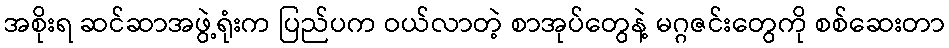
အစိုးရ ဆင်ဆာအဖွဲ့ရုံးက ပြည်ပက ဝယ်လာတဲ့ စာအုပ်တွေနဲ့ မဂ္ဂဇင်းတွေကို စစ်ဆေးတာ